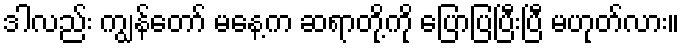
ဒါလည်း ကျွန်တော် မနေ့က ဆရာတို့ကို ပြောပြပြီးပြီ မဟုတ်လား။